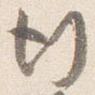
行